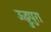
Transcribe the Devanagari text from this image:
ऊट्टुपुरा